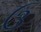
ઉ